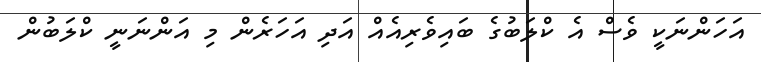
އަހަންނަކީ ވެސް އެ ކްލަބުގެ ބައިވެރިއެއް އަދި އަހަރެން މި އަންނަނީ ކްލަބުން